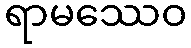
ရာမဿေဝ